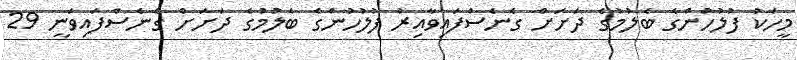
މީހަކު ފުލުހުންގެ ބެލުމުގެ ދަށަށް ގެނެސްފައިވާއިރު ފުލުހުންގެ ބެލުމުގެ ދަށަށް ގެނެސްފައިވަނީ 29